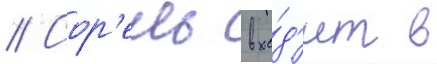
// Сор'ель вхо́д'ит в